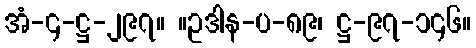
အံ-၄-ဋ္ဌ-၂၉၇။ ။ဥဒါန-ပ-၈၉၊ ဋ္ဌ-၉၇-၁၄၆။